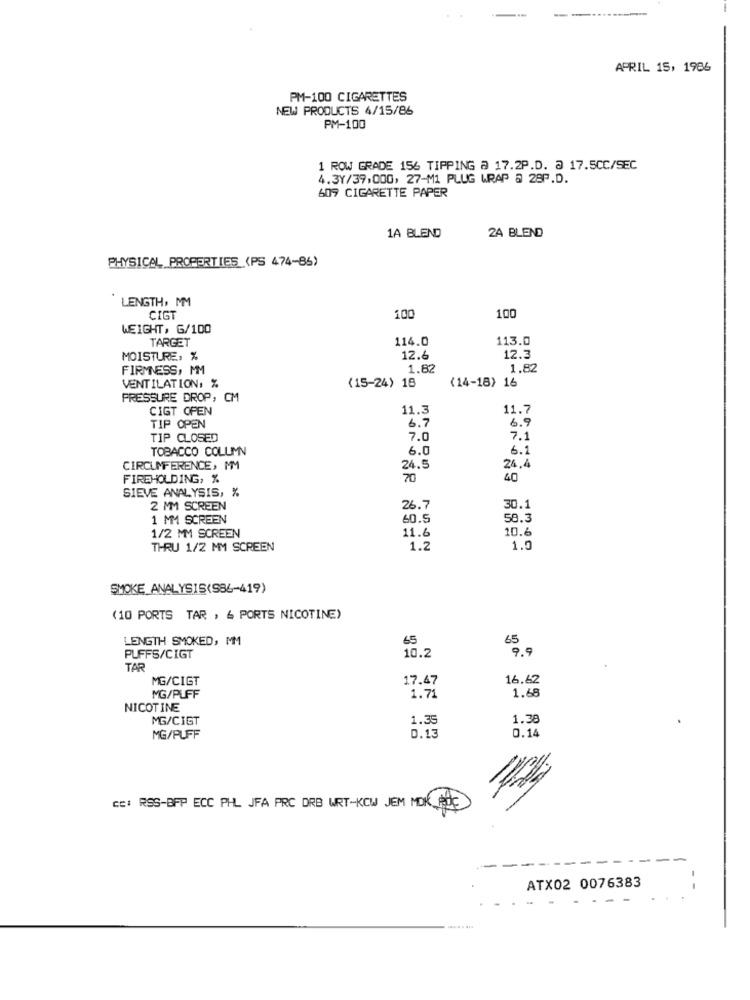
APRIL 15, 1986
PM-100 CIGARETTES
NEW PRODUCTS 4/15/86
PM-100
1 ROW GRADE 156 TIPPING @ 17.2P.D. @ 17.5CC/SEC
4.3Y/39,000, 27-M1 PLUG WRAP @ 28P.D.
609 CIGARETTE PAPER
1A BLEND
2A BLEND
PHYSICAL PROPERTIES (PS 474-86)
LENGTH, MM
100
CIGT
100
WEIGHT, G/100
TARGET
114.0
113.0
MOISTURE, %
12.6
12.3
FIRMNESS, MM
1.82
1.82
(15-24) 18
VENTILATION, %
(14-18) 16
PRESSURE DROP, CM
CIGT OPEN
11.3
11.7
6.7
6.9
TIP OPEN
TIP CLOSED
7.0
7.1
TOBACCO COLUMN
6.0
6.1
CIRCUMFERENCE, MM
24.5
24,4
FIREHOLDING, %
70
40
SIEVE ANALYSIS, %
2 MM SCREEN
26.7
30.1
1 MM SCREEN
60.5
58.3
1/2 MM SCREEN
11.6
10.6
THRU 1/2 MM SCREEN
1.2
1.0
SMOKE_ANALYSIS(S86-419)
(10 PORTS TAR , & PORTS NICOTINE)
LENGTH SMOKED, MM
65
65
10.2
9.9
PUFFS/CIGT
TAR
MG/CIGT
17.47
16.62
1.68
MG/PLFF
1.71
NICOTINE
MG/CIGT
1.35
1.38
0.14
MG/PUFF
0.13
cc: RSS-BFP ECC PHL JFA PRC ORB WRT-KOW JEM MOK AiIC
ATX02 0076383
- -